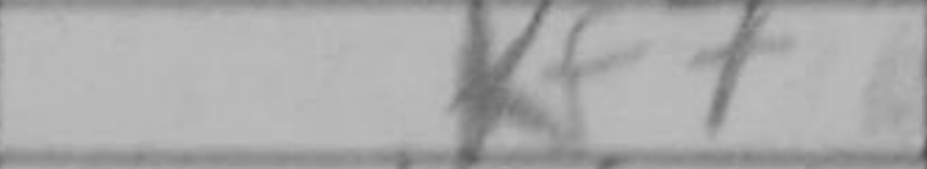
Transcription: Kf7